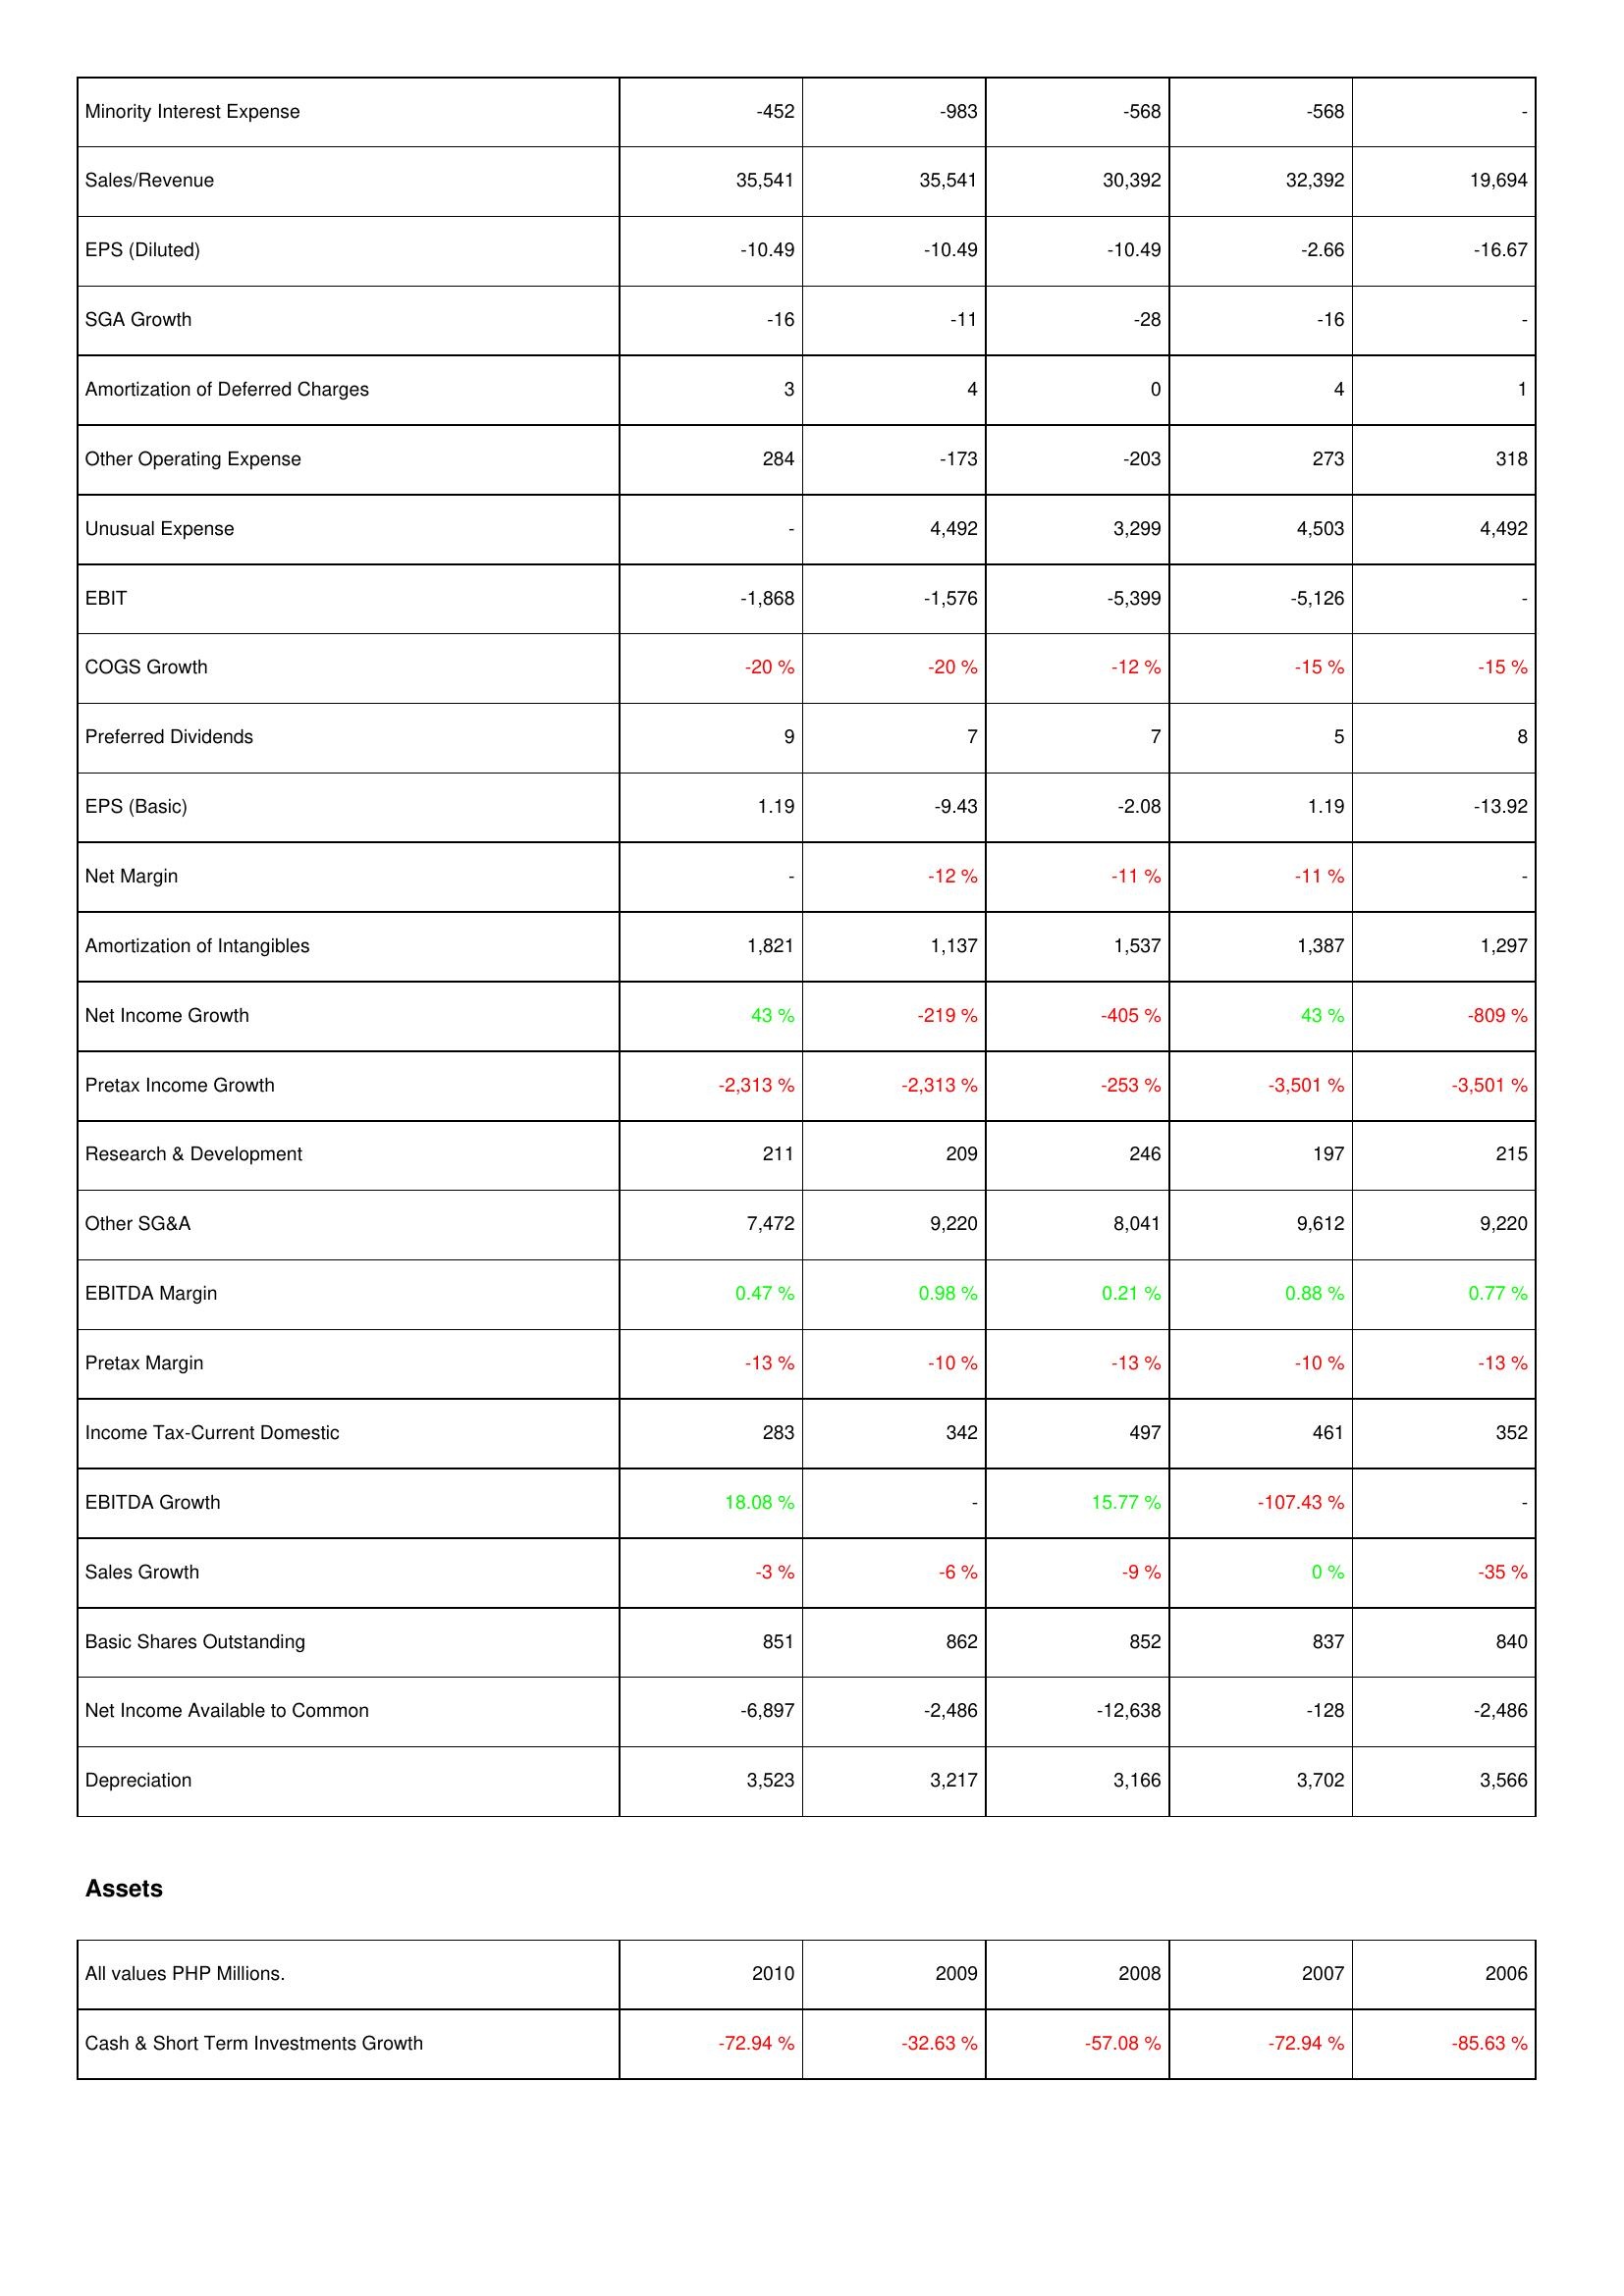
2010: Income Statement: Minority Interest Expense: -452
Sales/Revenue: 35,541
EPS (Diluted): -10.49
SGA Growth: -16
Amortization of Deferred Charges: 3
Other Operating Expense: 284
Unusual Expense: -
EBIT: -1,868
COGS Growth: -20 %
Preferred Dividends: 9
EPS (Basic): 1.19
Net Margin: -
Amortization of Intangibles: 1,821
Net Income Growth: 43 %
Pretax Income Growth: -2,313 %
Research & Development: 211
Other SG&A: 7,472
EBITDA Margin: 0.47 %
Pretax Margin: -13 %
Income Tax-Current Domestic: 283
EBITDA Growth: 18.08 %
Sales Growth: -3 %
Basic Shares Outstanding: 851
Net Income Available to Common: -6,897
Depreciation: 3,523
Assets: Cash & Short Term Investments Growth: -72.94 %
2009: Income Statement: Minority Interest Expense: -983
Sales/Revenue: 35,541
EPS (Diluted): -10.49
SGA Growth: -11
Amortization of Deferred Charges: 4
Other Operating Expense: -173
Unusual Expense: 4,492
EBIT: -1,576
COGS Growth: -20 %
Preferred Dividends: 7
EPS (Basic): -9.43
Net Margin: -12 %
Amortization of Intangibles: 1,137
Net Income Growth: -219 %
Pretax Income Growth: -2,313 %
Research & Development: 209
Other SG&A: 9,220
EBITDA Margin: 0.98 %
Pretax Margin: -10 %
Income Tax-Current Domestic: 342
EBITDA Growth: -
Sales Growth: -6 %
Basic Shares Outstanding: 862
Net Income Available to Common: -2,486
Depreciation: 3,217
Assets: Cash & Short Term Investments Growth: -32.63 %
2008: Income Statement: Minority Interest Expense: -568
Sales/Revenue: 30,392
EPS (Diluted): -10.49
SGA Growth: -28
Amortization of Deferred Charges: 0
Other Operating Expense: -203
Unusual Expense: 3,299
EBIT: -5,399
COGS Growth: -12 %
Preferred Dividends: 7
EPS (Basic): -2.08
Net Margin: -11 %
Amortization of Intangibles: 1,537
Net Income Growth: -405 %
Pretax Income Growth: -253 %
Research & Development: 246
Other SG&A: 8,041
EBITDA Margin: 0.21 %
Pretax Margin: -13 %
Income Tax-Current Domestic: 497
EBITDA Growth: 15.77 %
Sales Growth: -9 %
Basic Shares Outstanding: 852
Net Income Available to Common: -12,638
Depreciation: 3,166
Assets: Cash & Short Term Investments Growth: -57.08 %
2007: Income Statement: Minority Interest Expense: -568
Sales/Revenue: 32,392
EPS (Diluted): -2.66
SGA Growth: -16
Amortization of Deferred Charges: 4
Other Operating Expense: 273
Unusual Expense: 4,503
EBIT: -5,126
COGS Growth: -15 %
Preferred Dividends: 5
EPS (Basic): 1.19
Net Margin: -11 %
Amortization of Intangibles: 1,387
Net Income Growth: 43 %
Pretax Income Growth: -3,501 %
Research & Development: 197
Other SG&A: 9,612
EBITDA Margin: 0.88 %
Pretax Margin: -10 %
Income Tax-Current Domestic: 461
EBITDA Growth: -107.43 %
Sales Growth: 0 %
Basic Shares Outstanding: 837
Net Income Available to Common: -128
Depreciation: 3,702
Assets: Cash & Short Term Investments Growth: -72.94 %
2006: Income Statement: Minority Interest Expense: -
Sales/Revenue: 19,694
EPS (Diluted): -16.67
SGA Growth: -
Amortization of Deferred Charges: 1
Other Operating Expense: 318
Unusual Expense: 4,492
EBIT: -
COGS Growth: -15 %
Preferred Dividends: 8
EPS (Basic): -13.92
Net Margin: -
Amortization of Intangibles: 1,297
Net Income Growth: -809 %
Pretax Income Growth: -3,501 %
Research & Development: 215
Other SG&A: 9,220
EBITDA Margin: 0.77 %
Pretax Margin: -13 %
Income Tax-Current Domestic: 352
EBITDA Growth: -
Sales Growth: -35 %
Basic Shares Outstanding: 840
Net Income Available to Common: -2,486
Depreciation: 3,566
Assets: Cash & Short Term Investments Growth: -85.63 %